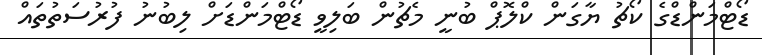
ޑޯޓްމަންޑްގެ ކޯޗު ޔާގަން ކްލޮޕް ބުނީ މެޗުން ބަލިވީ ޑޯޓްމަންޑަށް ލިބުނު ފުރުސަތުތައް